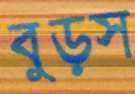
বুড়স